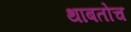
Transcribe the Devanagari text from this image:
थाबतोच